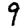
Digit: 9